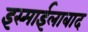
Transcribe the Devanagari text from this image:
इस्माईलाबाद